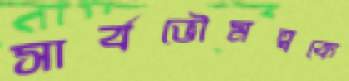
সার্বভৌমত্বকে